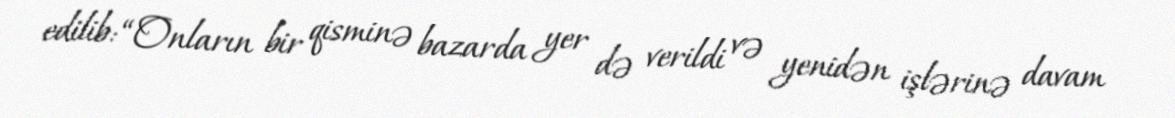
edilib: “Onların bir qisminə bazarda yer də verildi və yenidən işlərinə davam